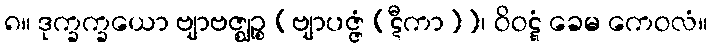
၈။ ဒုက္ခက္ခယော ဗျာဗဇ္ဈဉ္စ [ဗျာပဇ္ဇံ (ဋီကာ)]၊ ဝိဝဋ္ဋံ ခေမ ကေဝလံ။